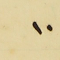
١٠